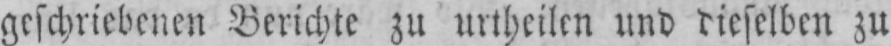
geschriebenen Berichte zu urtheilen und dieselben zu